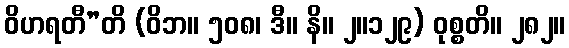
ဝိဟရတီ”တိ (ဝိဘ။ ၅၀၈၊ ဒီ။ နိ။ ၂။၁၂၉) ဝုစ္စတိ။ ၂၈၂။